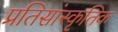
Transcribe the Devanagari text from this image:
प्रतिसांस्कृतिक